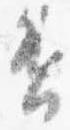
否